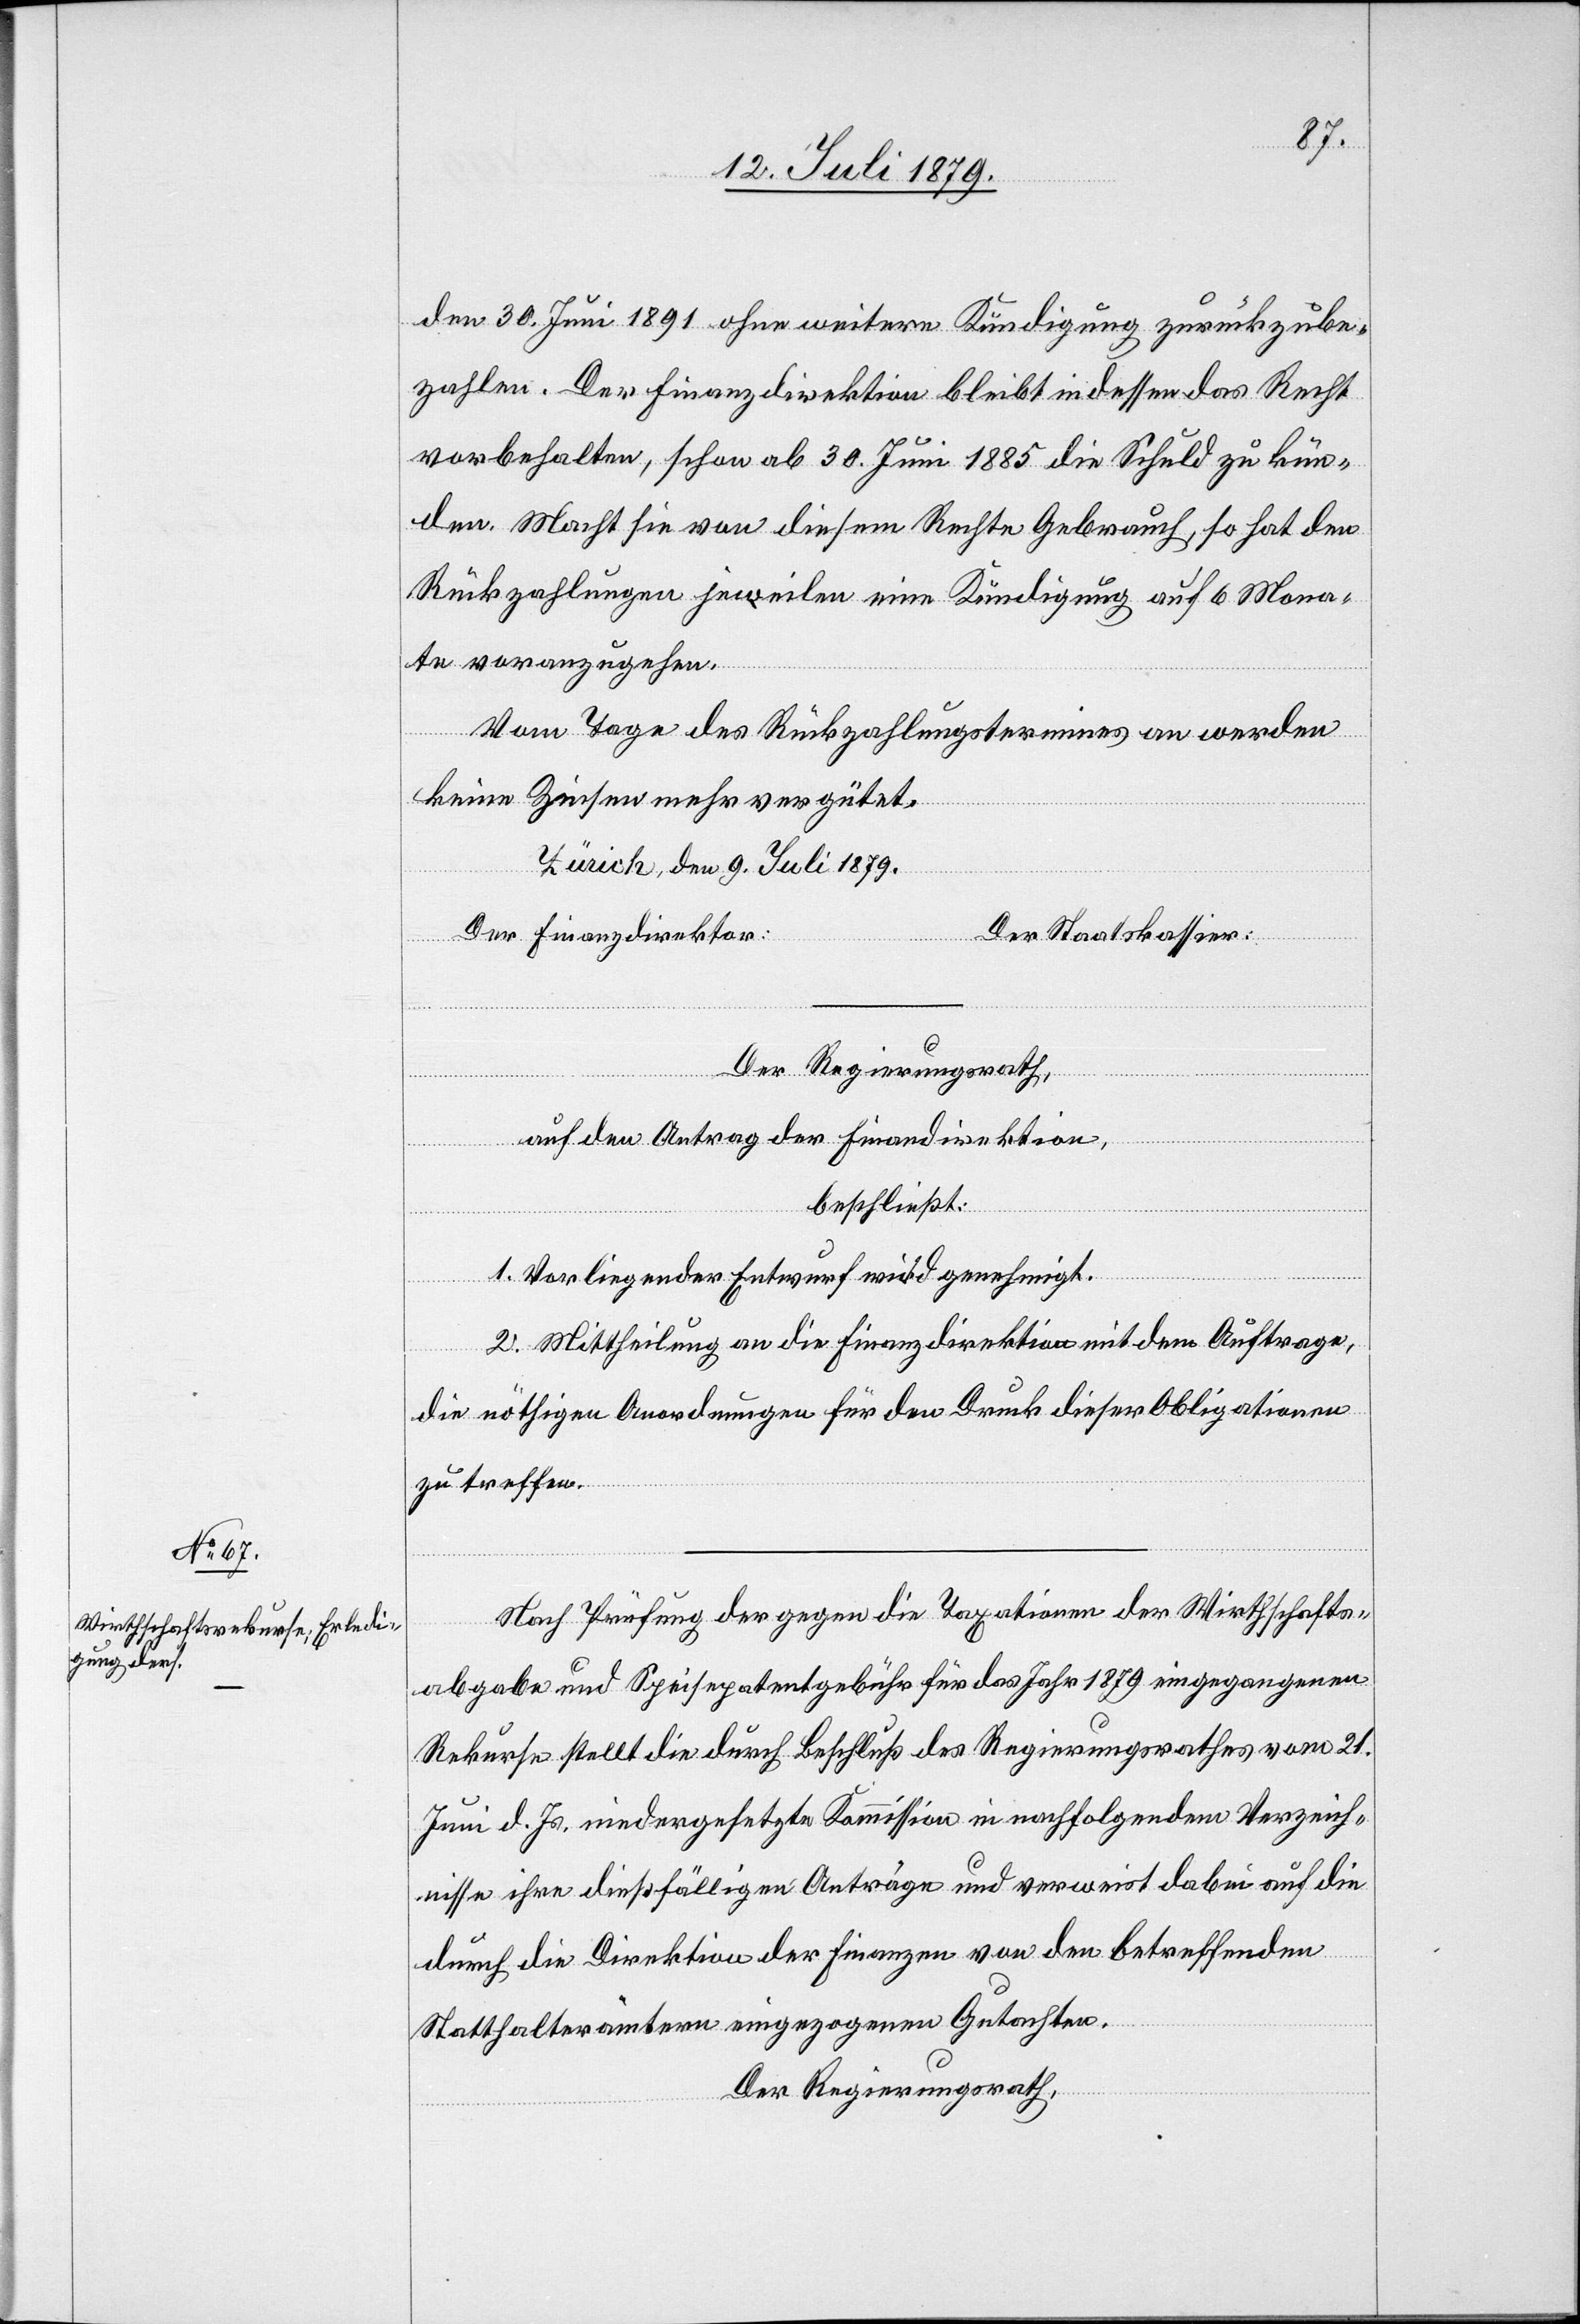
den 30. Juni 1891 ohne weitere Kündigung zurückzube¬
zahlen. Der Finanzdirektion bleibt indessen das Recht
vorbehalten, schon ab 30. Juni 1885 die Schuld zu kün¬
den. Macht sie von diesem Rechte Gebrauch, so hat den
Rückzahlungen jeweilen eine Kündigung auf 6 Mona¬
te voranzugehen.
Vom Tage des Rückzahlungstermines an werden
keine Zinsen mehr vergütet.
Zürich, den 9. Juli 1879.
er Staatskassier:
Der Finanzdirekto¬
Der Regierungsrath,
auf den Antrag der Finanzdirektion,
beschließt:
1. Vorliegender Entwurf wird genehmigt.
2. Mittheilung an die Finanzdirektion mit dem Auftrage,
r:				D¬
die nöthigen Anordnungen für den Druck dieser Obligationen
zu treffen.
Nach Prüfung der gegen die Taxationen der Wirthschafts¬
abgabe und Speisepatentgebühr für das Jahr 1879 eingegangenen
Rekurse stellt die durch Beschluß des Regierungsrathes vom 21.
Juni d. Js. niedergesetzte Kommission in nachfolgendem Verzeich¬
nisse ihre dießfälligen Anträge und verweist dabei auf die
durch die Direktion der Finanzen von den betreffenden
Statthalterämtern eingezogenen Gutachten.
Der Regierungsrath,